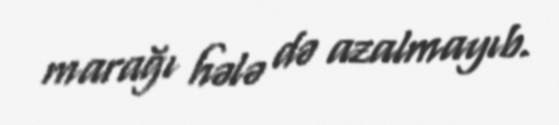
marağı hələ də azalmayıb.